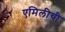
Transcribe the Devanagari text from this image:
एमिलीची